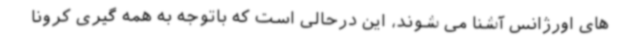
های اورژانس آشنا می شوند، این درحالی است که باتوجه به همه گیری کرونا